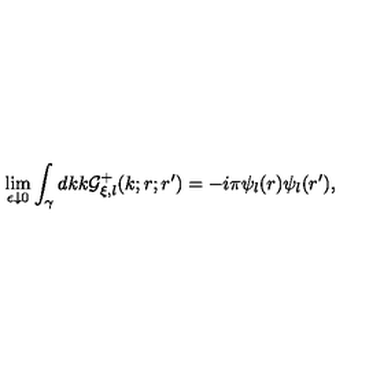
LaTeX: \lim _ { \epsilon \downarrow 0 } \displaystyle \int _ { \gamma } d k k { \cal G } _ { \xi , l } ^ { + } ( k ; r ; r ^ { \prime } ) = - i \pi \psi _ { l } ( r ) \psi _ { l } ( r ^ { \prime } ) ,